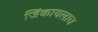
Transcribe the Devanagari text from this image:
जिंकायलाच